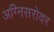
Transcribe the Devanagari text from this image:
अग्निसरोवर